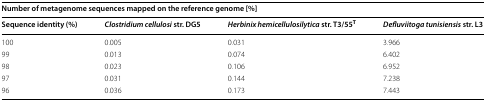
| <COLSPAN=4> Number of metagenome sequences mapped on the reference genome [%] |
 | Sequence identity (%) | Clostridium cellulosi str. DG5 | Herbinix hemicellulosilytica str. T3/55T | Defluviitoga tunisiensis str. L3 |
 | --- | --- | --- | --- |
 | 100 | 0.005 | 0.031 | 3.966 |
 | 99 | 0.013 | 0.074 | 6.402 |
 | 98 | 0.023 | 0.106 | 6.952 |
 | 97 | 0.031 | 0.144 | 7.238 |
 | 96 | 0.036 | 0.173 | 7.443 |